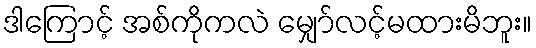
ဒါကြောင့် အစ်ကိုကလဲ မျှော်လင့်မထားမိဘူး။